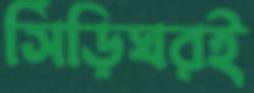
সিঁড়িঘরই